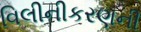
વિલીનીકરણની